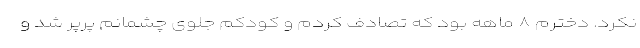
نکرد. دخترم ۸ ماهه بود که تصادف کردم و کودکم جلوی چشمانم پرپر شد و